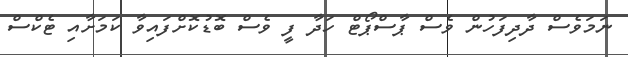
ނަމަވެސް ދާދިފަހުން ވެސް ޕާސްޕޯޓް ހަދާ ފީ ވެސް ބޮޑުކޮށްފައިވާ ކަމަށާއި ޓެކްސް